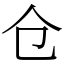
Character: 仓